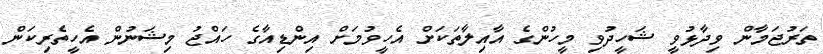
ތަރުޖަމާން ވިދާޅުވީ ޝަހީދުވި މީހުންގެ އާއިލާތަކަށް އެހީވުމަށް އިންޑިއާގެ ހައްޖު މިޝަނުން އެހީތެރިކަން